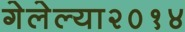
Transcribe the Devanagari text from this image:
गेलेल्या२०१४